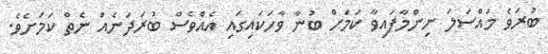
ބުރަވެ މައްސަލަ ނިންމާފައިވާ ކަމަށް ބުނާ ވާހަކައިގައި އެއްވެސް ބުރަދަނެއް ނެތް ކަމަށެެވެ.